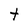
Character: t